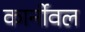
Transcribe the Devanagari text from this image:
कार्नीवल